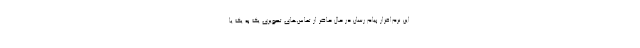
این نرم‌افزار پیام رسان در حال حاضر از تماس‌های تصویری یک به یک یا